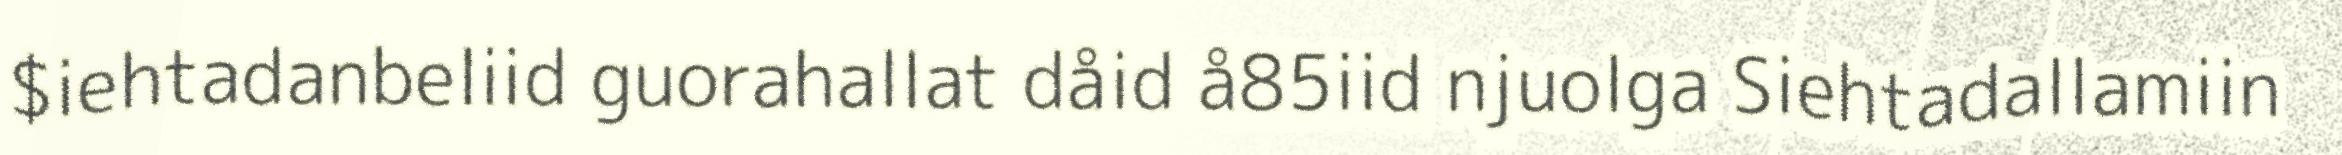
$iehtadanbeliid guorahallat dåid å85iid njuolga Siehtadallamiin